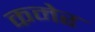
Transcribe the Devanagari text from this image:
कमेर